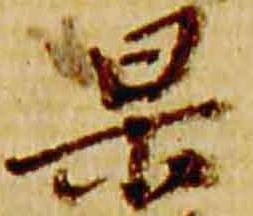
杲